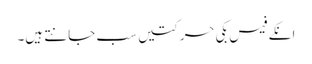
انکے فیس بکی حرکتیں سب جانتے ہیں۔